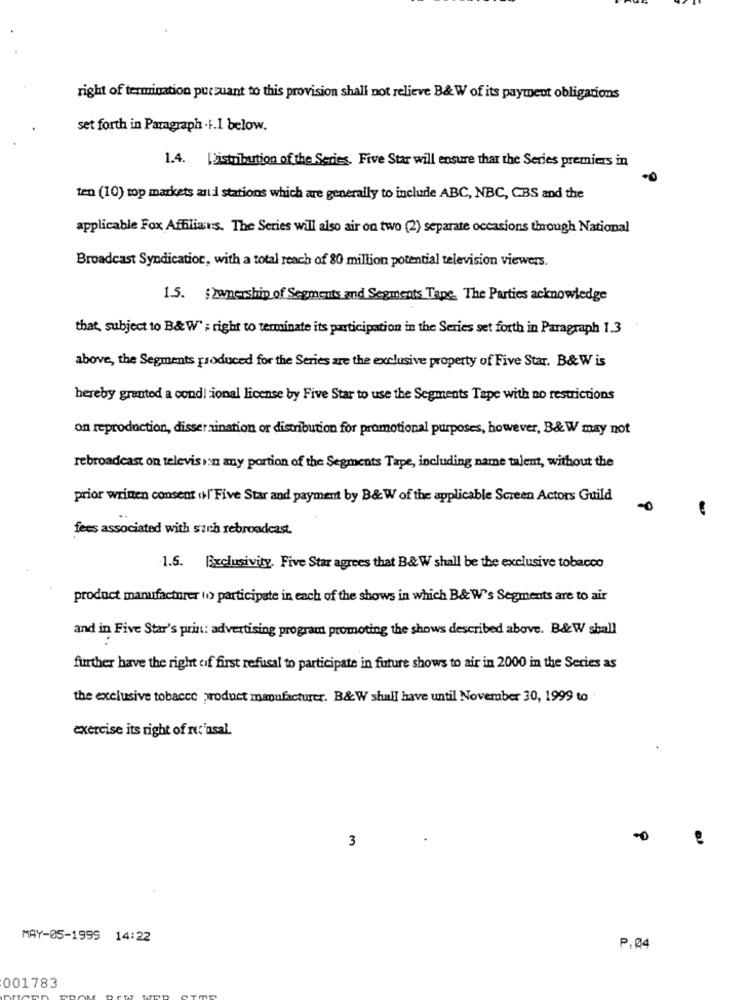
right of termination pursuant to this provision shall not relieve B& W of its payment obligations
set forth in Paragraph .I.I below.
1.4. Distribution of the Series, Five Star will ensure that the Series premiers in
ten (10) top markets auld stations which are generally to include ABC, NBC, CBS and the
applicable Fox Affiliaus. The Series will also air on two (2) separate occasions though National
Broadcast Syndication, with a total reach of 80 million potential television viewers.
15. ">wpership of Segments and Segments Tape. The Parties acknowledge
that, subject to B& W" : right to terminate its participation in the Series set forth in Paragraph 1.3
above, the Segments produced for the Series are the exclusive property of Five Star. B&W is
hereby granted a condl ional license by Five Star to use the Segments Tape with no restrictions
on reproduction, disser zination or distribution for promotional purposes, however, B& W may not
rebroadcast on television any portion of the Segments Tape, including name talent, without the
prior written consent ofl' Five Star and payment by B&W of the applicable Screen Actors Guild
fees associated with surch rebroadcast.
1.5. Exclusivity. Five Star agrees that B& W shall be the exclusive tobacco
product manufacturer to> participate in each of the shows in which B& W's Segments are to air
and in Five Star's print: advertising program promoting the shows described above. B&W shall
further have the right of first refusal to participate in future shows to air in 2000 in the Series as
the exclusive tobacco product manufacturer. B&W shall have until November 30, 1999 to
exercise its right of ret'asal.
3
MAY-05-1999 14:22
P.04
001783